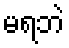
မရဘဲ